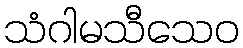
သံဂါမသီသေဝ